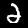
Digit: 2